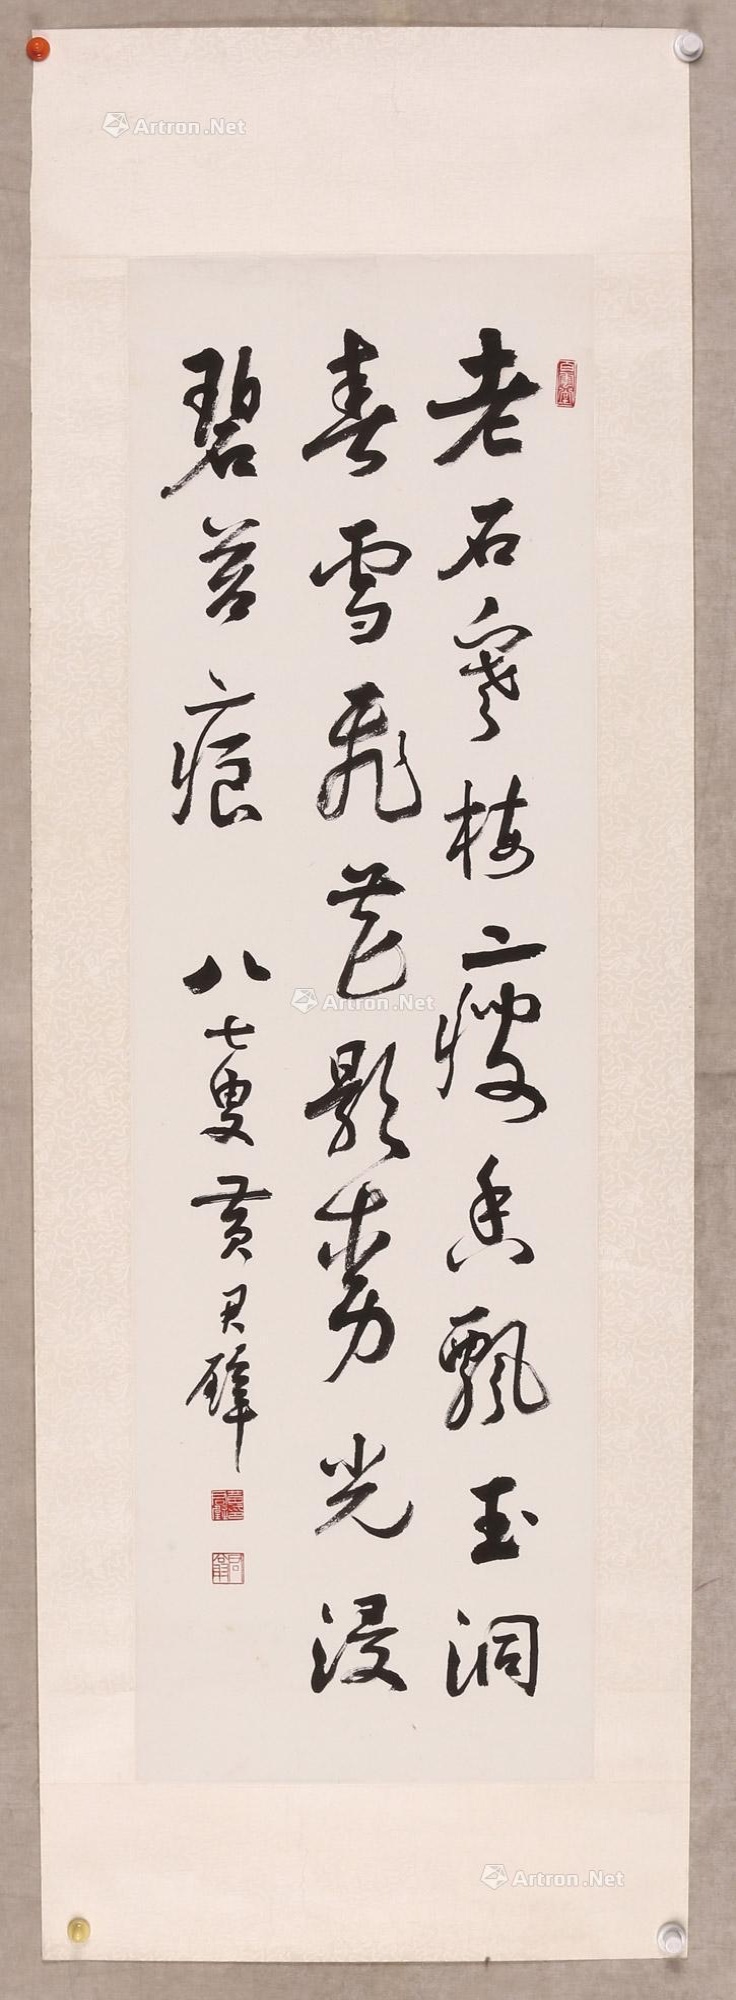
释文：老石寒梅瘦，香飘玉洞春。雪飞花影动，光浸碧苔痕。八十叟黄君璧。